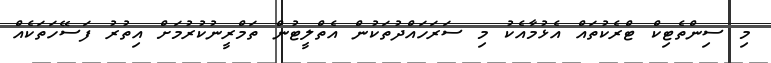
މި ސިންތެޓިކް ޓްރެކުތައް އެޅުމާއެކު މި ސަރަހައްދުތަކުން އެތްލީޓުން ތަމްރީނުކުރުމަށް އިތުރު ފަސޭހަތަކެއް